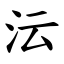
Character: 沄